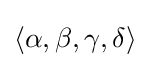
\langle \alpha ,\beta ,\gamma ,\delta \rangle